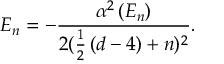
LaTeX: E _ { n } = - \frac { \alpha ^ { 2 } \left( E _ { n } \right) } { 2 ( \frac 1 2 \left( d - 4 \right) + n ) ^ { 2 } } .